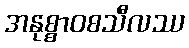
အနုစ္စာဝစသီလဿ